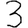
Digit: 3